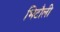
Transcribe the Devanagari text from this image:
भिटौली